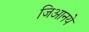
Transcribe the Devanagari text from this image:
जिआनये